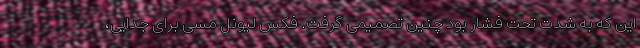
این که به شدت تحت فشار بود چنین تصمیمی گرفت. فکس لیونل مسی برای جدایی،